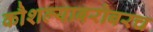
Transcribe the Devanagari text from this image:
कौशल्याबरोबरच